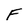
Character: F